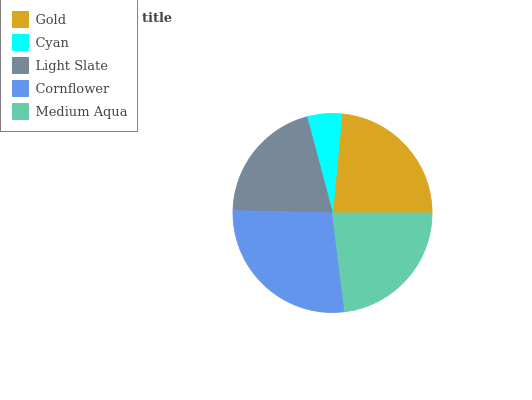
| Gold | Cyan | Light Slate | Cornflower | Medium Aqua |
 | --- | --- | --- | --- | --- |
 | 23.5% | 5.64% | 20.5% | 27.3% | 23% |